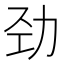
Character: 劲